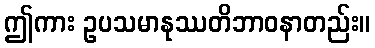
ဤကား ဥပသမာနုဿတိဘာဝနာတည်း။